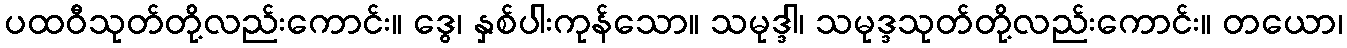
ပထဝီသုတ်တို့လည်းကောင်း။ ဒွေ၊ နှစ်ပါးကုန်သော။ သမုဒ္ဒါ၊ သမုဒ္ဒသုတ်တို့လည်းကောင်း။ တယော၊